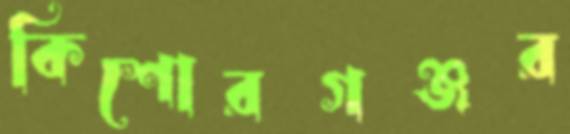
কিশোরগঞ্জর